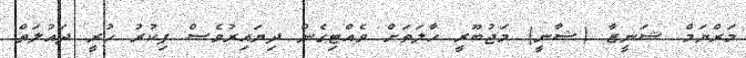
މަރްޔަމް ޝަނީޒާ (ޝާނީ) މަޖުބޫރީ ހާލަތަށް ވެއްޓިގެން ދިޔައިރުވެސް ފިކުރު ހުރީ ދައުލަތް